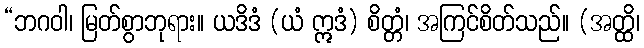
“ဘဂဝါ၊ မြတ်စွာဘုရား။ ယဒိဒံ (ယံ ဣဒံ) စိတ္တံ၊ အကြင်စိတ်သည်။ (အတ္ထိ၊